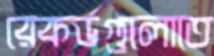
রেকর্ডগুলোতে